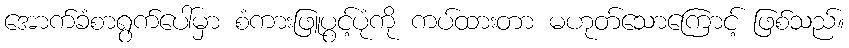
အောက်ခံစာရွက်ပေါ်မှာ စံကားဖြူပွင့်ပုံကို ကပ်ထားတာ မဟုတ်သောကြောင့် ဖြစ်သည်။